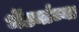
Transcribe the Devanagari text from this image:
भेंड्यांच्या